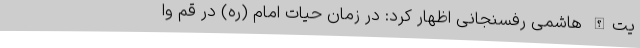
یت‌الله هاشمی رفسنجانی اظهار کرد: در زمان حیات امام (ره) در قم وا